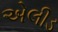
એલીડ